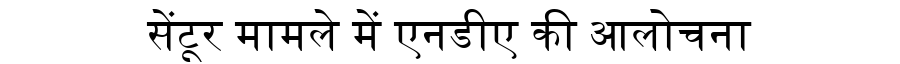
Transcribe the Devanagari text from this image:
सेंटूर मामले में एनडीए की आलोचना